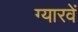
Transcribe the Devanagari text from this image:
ग्‍यारवें